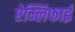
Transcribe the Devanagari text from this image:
ऐम्लिफाई